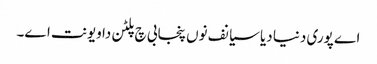
اے پوری دنیا دیا سیانف نوں پنجابی چ پلٹن دا ویونت اے۔